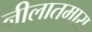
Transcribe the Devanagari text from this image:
नीलातमारा